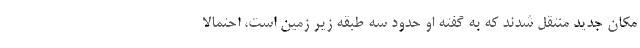
مکان جدید منتقل شدند که به گفته او حدود سه طبقه زیر زمین است، احتمالا